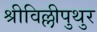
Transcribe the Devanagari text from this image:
श्रीविल्लीपुथुर